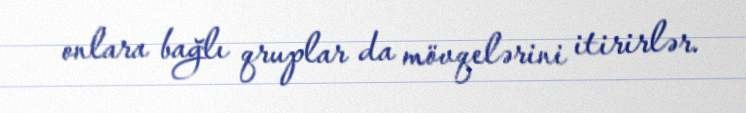
onlara bağlı qruplar da mövqelərini itirirlər.